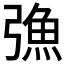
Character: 𢐗